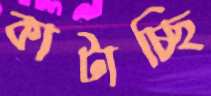
কাটাচ্ছি